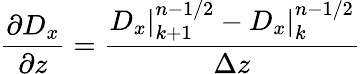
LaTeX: \frac{\partial D_{x}}{\partial z}=\frac{D_{x}|_{k+1}^{n-1/2}-D_{x}|_{k}^{n-1/2}}{\Delta z}